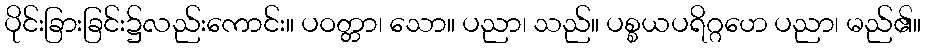
ပိုင်းခြားခြင်း၌လည်းကောင်း။ ပဝတ္တာ၊ သော။ ပညာ၊ သည်။ ပစ္စယပရိဂ္ဂဟေ ပညာ၊ မည်၏။